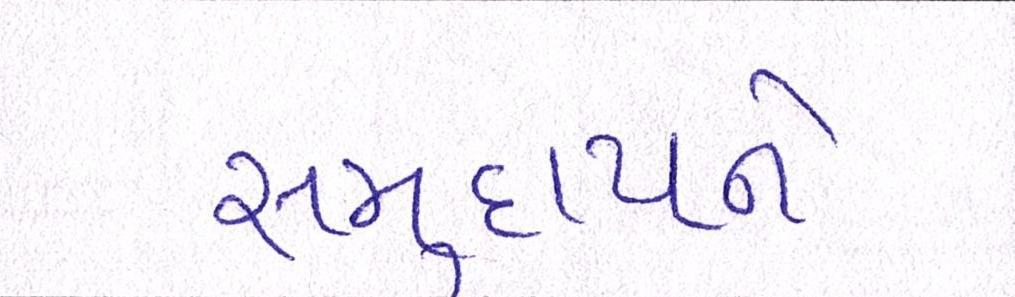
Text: સમુદાયને